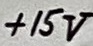
Text: +15V